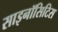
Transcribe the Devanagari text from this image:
साइनॉसिटिस